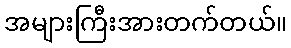
အများကြီးအားတက်တယ်။